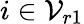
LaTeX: i\in\mathcal{V}_{r1}